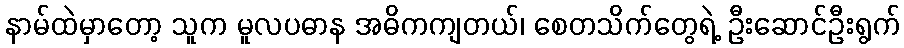
နာမ်ထဲမှာတော့ သူက မူလပဓာန အဓိကကျတယ်၊ စေတသိက်တွေရဲ့ ဦးဆောင်ဦးရွက်